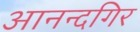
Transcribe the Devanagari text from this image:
आनन्दगिर